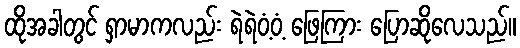
ထိုအခါတွင် ရှာမာကလည်း ရဲရဲဝံ့ဝံ့ ဖြေကြား ပြောဆိုလေသည်။